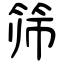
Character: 筛